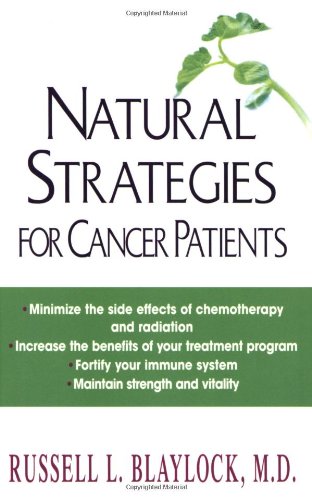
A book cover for Natural Strategies For Cancer Patients; Russell Blaylock M.D.; Health, Fitness & Dieting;